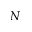
N